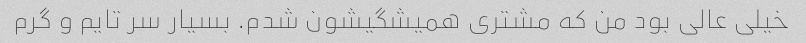
خیلی عالی بود من که مشتری همیشگیشون شدم. بسیار سر تایم و گرم